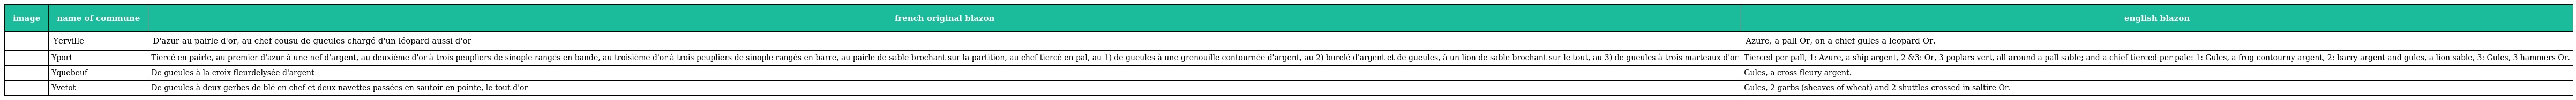
| image | name of commune | french original blazon | english blazon |
 | --- | --- | --- | --- |
 |  | Yerville | D'azur au pairle d'or, au chef cousu de gueules chargé d'un léopard aussi d'or | Azure, a pall Or, on a chief gules a leopard Or. |
 |  | Yport | Tiercé en pairle, au premier d'azur à une nef d'argent, au deuxième d'or à trois peupliers de sinople rangés en bande, au troisième d'or à trois peupliers de sinople rangés en barre, au pairle de sable brochant sur la partition, au chef tiercé en pal, au 1) de gueules à une grenouille contournée d'argent, au 2) burelé d'argent et de gueules, à un lion de sable brochant sur le tout, au 3) de gueules à trois marteaux d'or | Tierced per pall, 1: Azure, a ship argent, 2 &3: Or, 3 poplars vert, all around a pall sable; and a chief tierced per pale: 1: Gules, a frog contourny argent, 2: barry argent and gules, a lion sable, 3: Gules, 3 hammers Or. |
 |  | Yquebeuf | De gueules à la croix fleurdelysée d'argent | Gules, a cross fleury argent. |
 |  | Yvetot | De gueules à deux gerbes de blé en chef et deux navettes passées en sautoir en pointe, le tout d'or | Gules, 2 garbs (sheaves of wheat) and 2 shuttles crossed in saltire Or. |